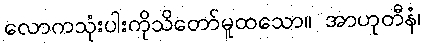
လောကသုံးပါးကိုသိတော်မူထသော။ အာဟုတီနံ၊